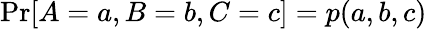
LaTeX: \mathrm{Pr}[A=a,B=b,C=c]=p(a,b,c)